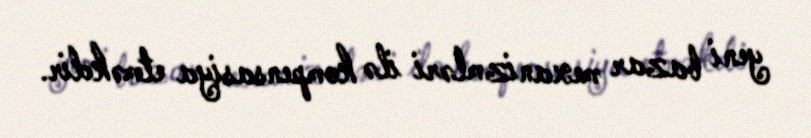
yeni bazar mexanizmləri ilə kompensasiya etməkdir.